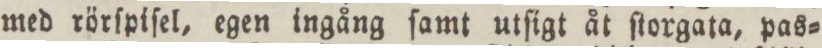
med rörſpiſel, egen ingång ſamt utſigt åt ſtorgata, pas=